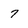
Character: 7